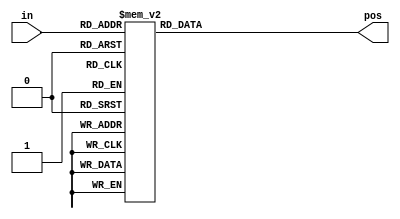
// synthesis verilog_input_version verilog_2001
module top_module (
    input [3:0] in,
    output reg [1:0] pos  );

    always @(*) begin
        case (in)
  			0: pos = 0;
            1: pos = 0;
            2: pos = 1;
            3: pos = 0;
            4: pos = 2;
            5: pos = 0;
            6: pos = 1;
            7: pos = 0;
            8: pos = 3;
            9: pos = 0;
            10: pos = 1;
            11: pos = 0;
            12: pos = 2;
            13: pos = 0;
            14: pos = 1;
            15: pos = 0;
        endcase
    end

endmodule